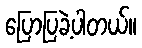
ပြောပြခဲ့ပါတယ်။